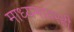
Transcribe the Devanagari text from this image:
माध्यमांवरही